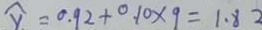
y = 0 . 9 2 + 0 . 1 0 \times 9 = 1 . 8 2